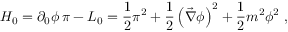
{ \cal H } _ { 0 } = \partial _ { 0 } \phi \, \pi - { \cal L } _ { 0 } = \frac { 1 } { 2 } \pi ^ { 2 } + \frac { 1 } { 2 } \left( \vec { \nabla } \phi \right) ^ { 2 } + \frac { 1 } { 2 } m ^ { 2 } \phi ^ { 2 } \ ,